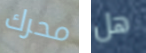
محرك هل